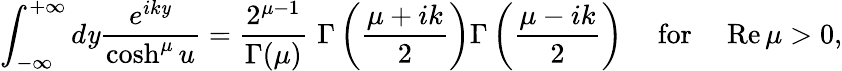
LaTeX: \int_{-\infty}^{+\infty}d\mathit{y}\frac{{e^{ik\mathit{y}}}}{{\cosh^{\mu}u}}=\frac{{2^{\mu-1}}}{{\Gamma(\mu)}}\, \, \Gamma\left(\frac{{\mu+ik}}{{2}}\right)\Gamma\left(\frac{{\mu-ik}}{{2}}\right)~~~~~\mathrm{{for}}~~~~~\mathrm{{Re}}\, \mu>0,